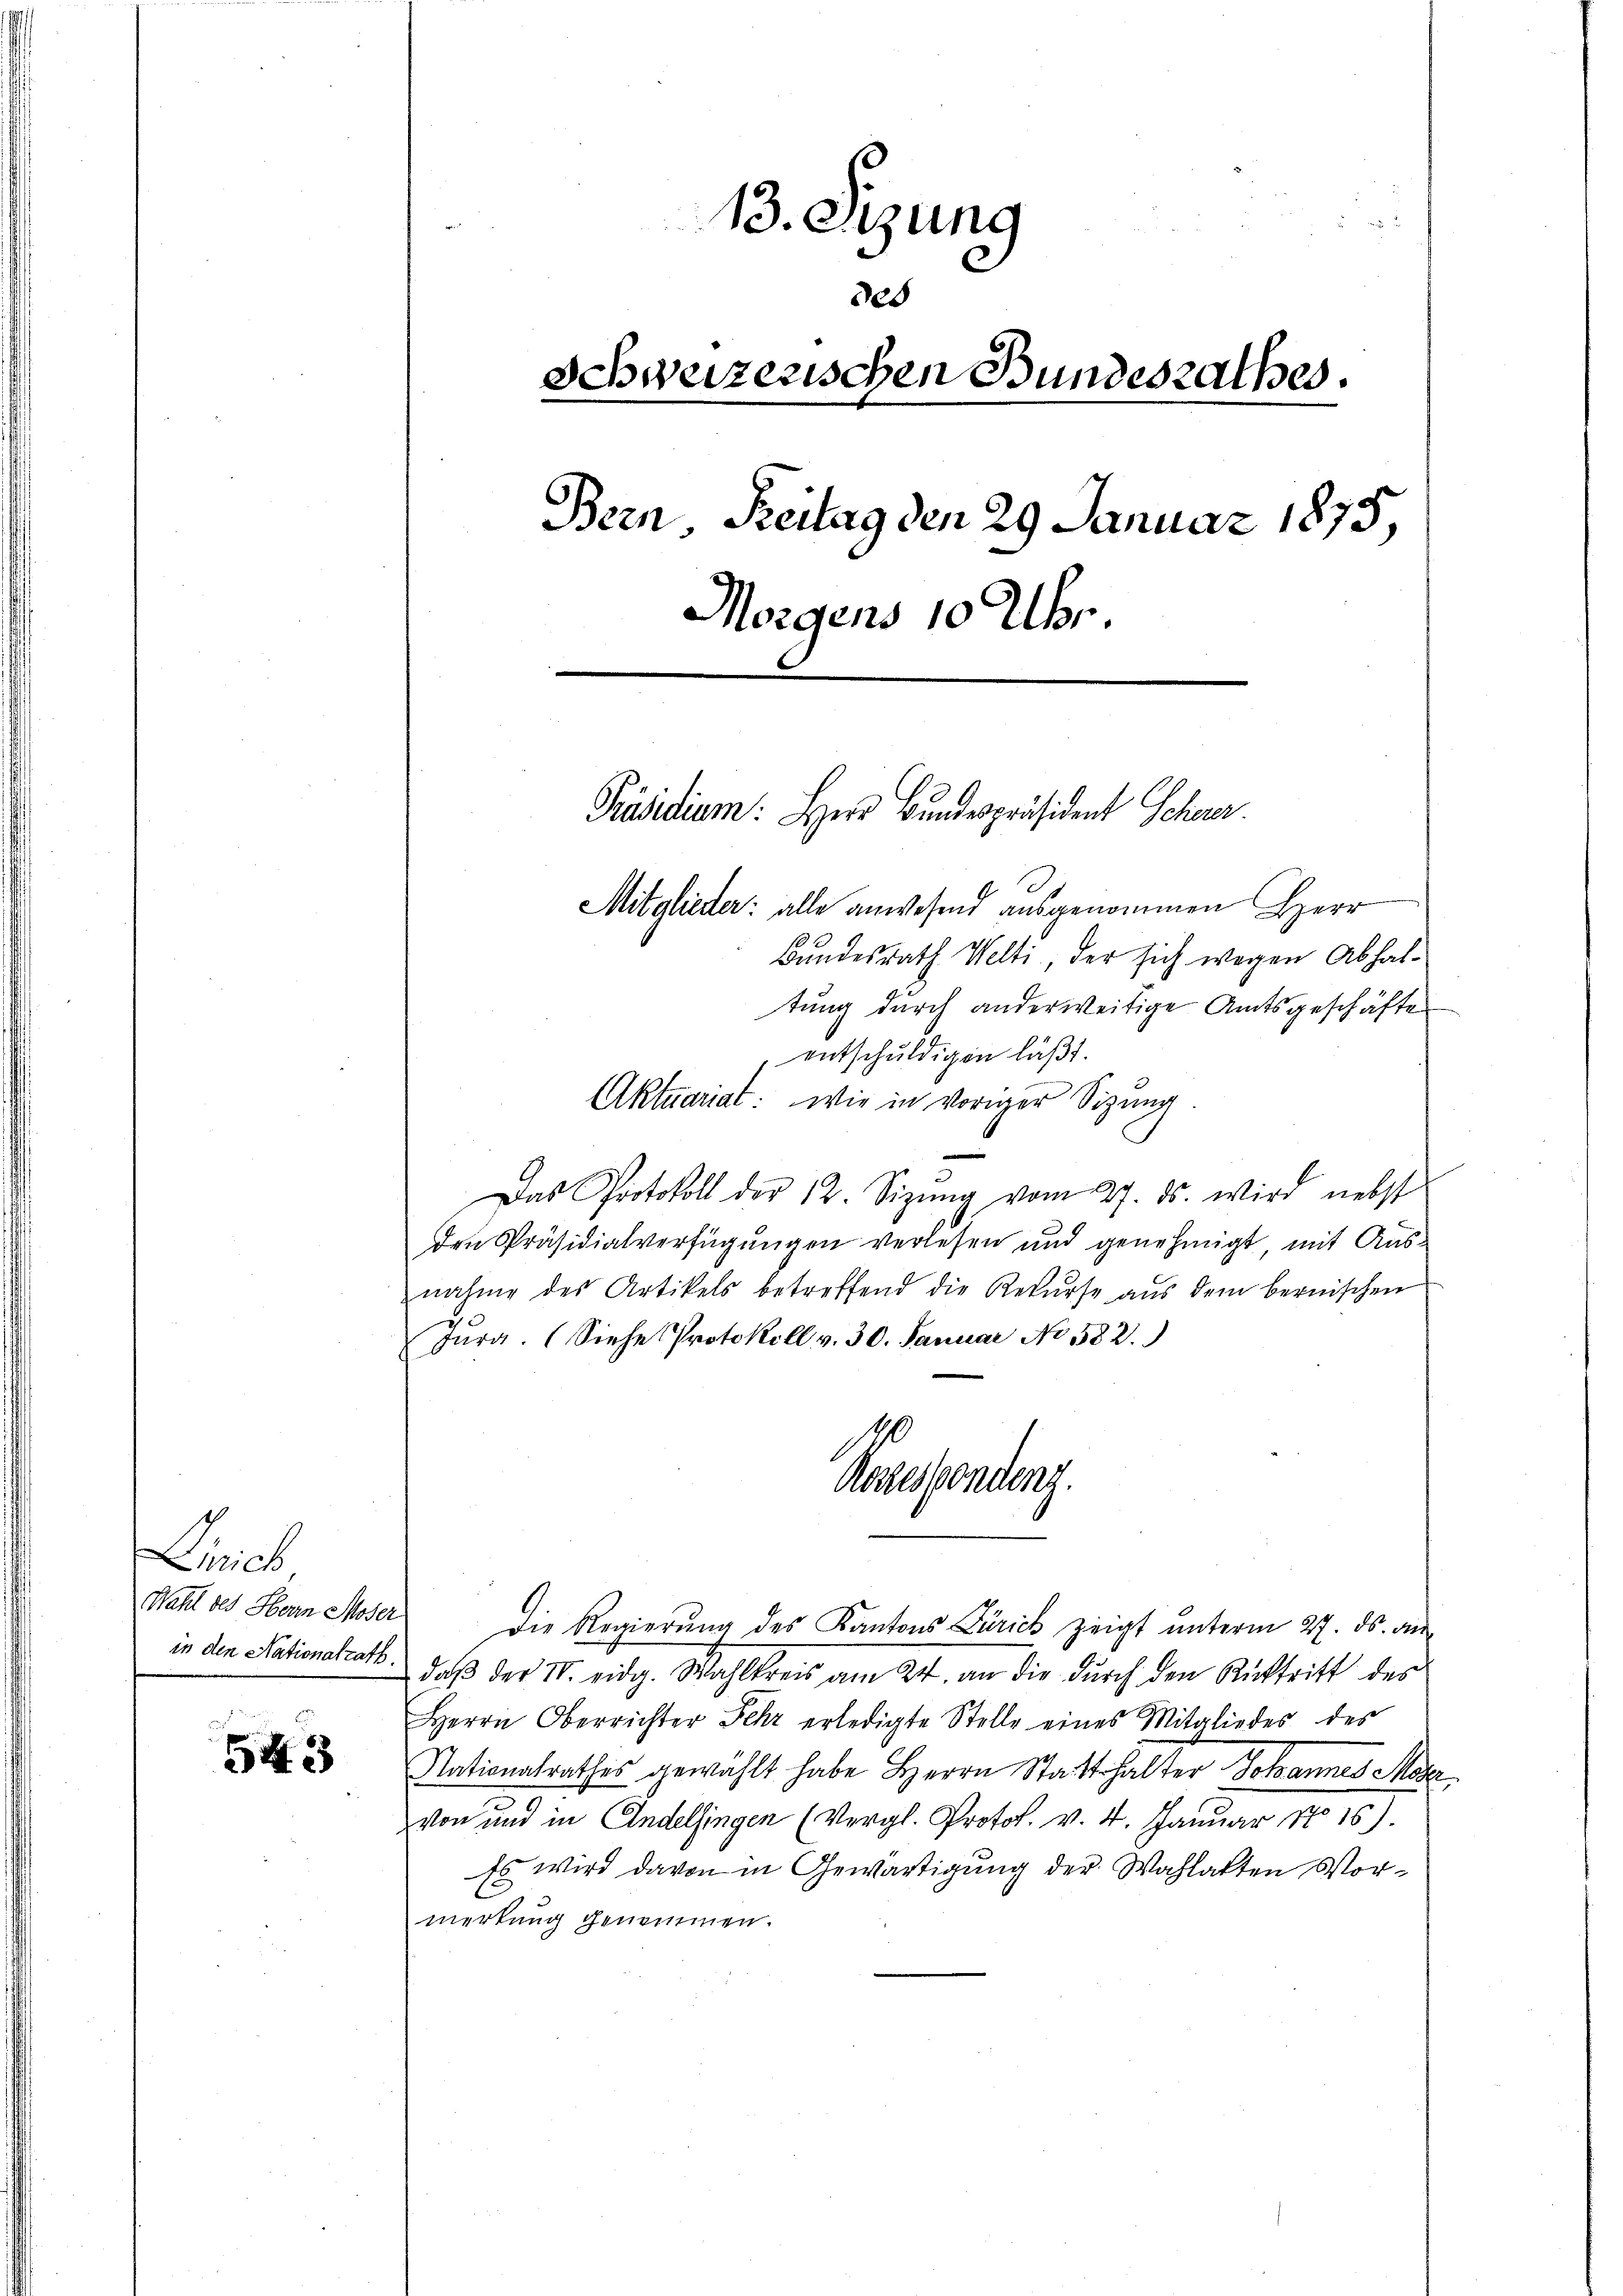
irich
in den Nationalrath.

5423

13. Sizung
325
Schweizerischen Bundesrathes.
e
Bern, Freitag den 29. Januar 1875,
Morgens 10 Uhr.
Präsidium: Herr Bundespräsident Schurer.
Mitglieder: alle anwesend ausgenommen Herr
Bundesrath Welti, der sich wegen Abhaltung durch anderweitige Amtsgeschäfte

entschuldigen läßt.
Aktuariat: wie in voriger Sitzung.
Das Protokoll der 12. Sitzŭng vom 27. ds. wird nebst
den Präsidialverfügungen verlesen und genehmigt mit Aus-
nahme des Artikels betreffend die Rekurse aus dem bernischen
Jura. (Siehe Protokoll v. 30. Januar No 582.
Konesponding.
Wahl des Herrn Moser die Regierŭng des Kantons Zürich zeigt ŭnterm 27. ds. an
daß der IV. eidg. Wahlkreis am 24. an die durch den Rücktritt des
Herrn Oberrichter Sehr erledigte Stelle eines Mitgliedes des
Nationalrathes gewählt habe Herrn Statthalter Johannes Mage
von und in Andelfingen (Vergl. Protol. v. 4. Januar, No 16).
Es wird davon in Gewärtigung der Wahlatten Vormerkung genommen.